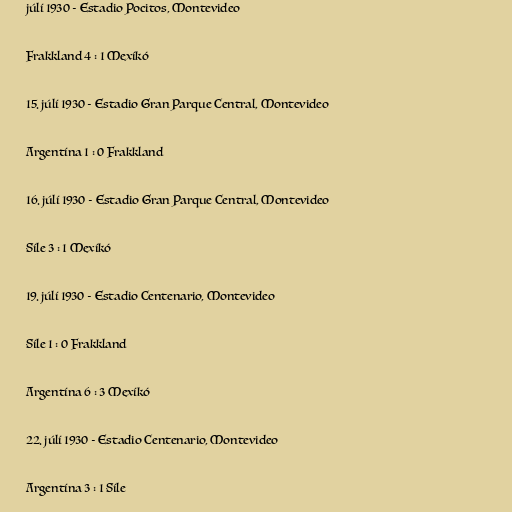
júlí 1930 - Estadio Pocitos, Montevideo

Frakkland 4 : 1 Mexíkó

15. júlí 1930 - Estadio Gran Parque Central, Montevideo

Argentína 1 : 0 Frakkland

16. júlí 1930 - Estadio Gran Parque Central, Montevideo

Síle 3 : 1 Mexíkó

19. júlí 1930 - Estadio Centenario, Montevideo

Síle 1 : 0 Frakkland

Argentína 6 : 3 Mexíkó

22. júlí 1930 - Estadio Centenario, Montevideo

Argentína 3 : 1 Síle